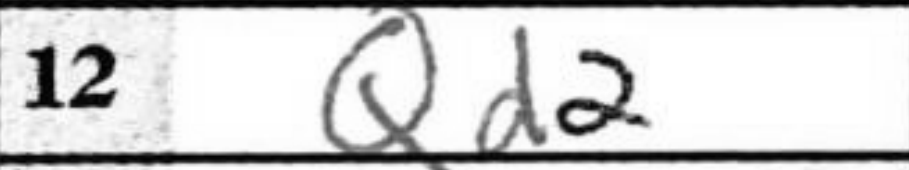
Transcription: Qd2